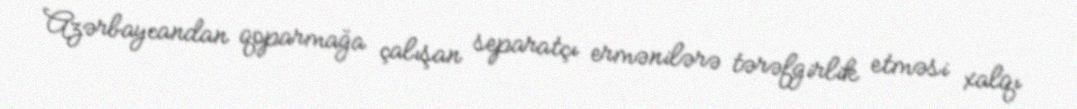
Azərbaycandan qoparmağa çalışan separatçı ermənilərə tərəfgirlik etməsi xalqı